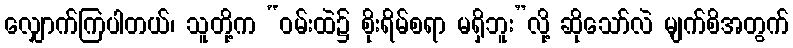
လျှောက်ကြပါတယ်၊ သူတို့က “ဝမ်းထဲ၌ စိုးရိမ်စရာ မရှိဘူး”လို့ ဆိုသော်လဲ မျက်စိအတွက်